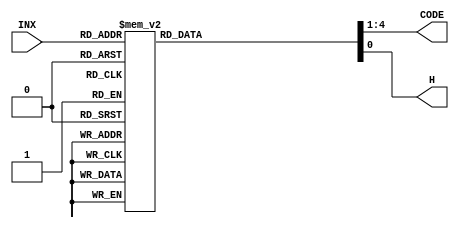
module M_CODE (INX,CODE,H);
	input [3:0] INX;
	output [3:0] CODE;
	output H;
	reg [3:0] CODE;
	reg H;
	always @ (INX)
	case(INX)
	0  : {CODE,H} <= {4'B0000,1'B0};
	1  : {CODE,H} <= {4'B0001,1'B0};
	2  : {CODE,H} <= {4'B0010,1'B0};
	3  : {CODE,H} <= {4'B0011,1'B0};
	4  : {CODE,H} <= {4'B0100,1'B0};
	5  : {CODE,H} <= {4'B0101,1'B0};
	6  : {CODE,H} <= {4'B0110,1'B0};
	7  : {CODE,H} <= {4'B0111,1'B0};
	8  : {CODE,H} <= {4'B0001,1'B1};
	9  : {CODE,H} <= {4'B0010,1'B1};
	10 : {CODE,H} <= {4'B0011,1'B1};
	11 : {CODE,H} <= {4'B0100,1'B1};
	12 : {CODE,H} <= {4'B0101,1'B1};
	13 : {CODE,H} <= {4'B0110,1'B1};
	14 : {CODE,H} <= {4'B0111,1'B1};
	15 : {CODE,H} <= {4'B0001,1'B1};
	default : {CODE,H} <= {4'B0001,1'B1};
	endcase
endmodule